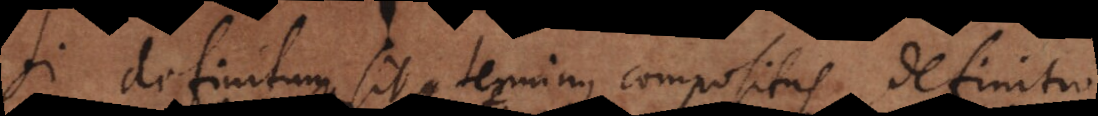
si definitum sit terminus compositus, definitio